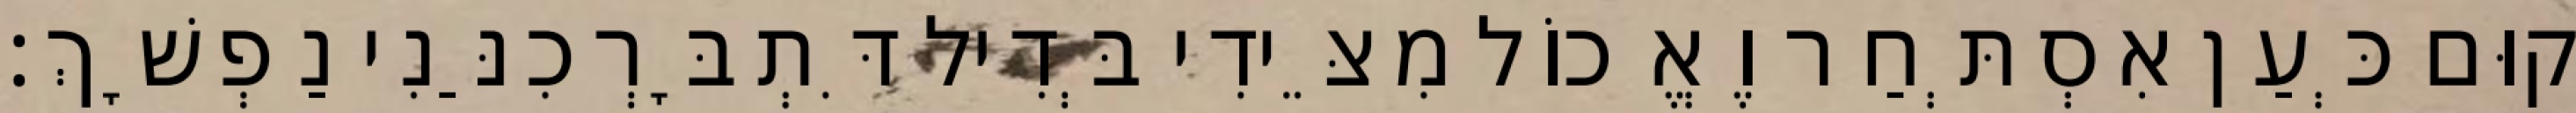
קוּם כְּעַן אִסְתְּחַר וֶאֱכוֹל מִצֵּידִי בְּדִיל דִּתְבָּרְכִנַּנִי נַפְשָׁךְ׃